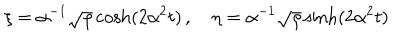
LaTeX: \xi = \alpha ^ { - 1 } \sqrt { \rho } \cosh ( 2 \alpha ^ { 2 } t ) \, , \quad \eta = \alpha ^ { - 1 } \sqrt { \rho } \sinh ( 2 \alpha ^ { 2 } t )